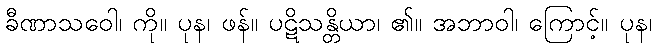
ခီဏာသဝေါ၊ ကို။ ပုန၊ ဖန်။ ပဋိသန္တိယာ၊ ၏။ အဘာဝါ၊ ကြောင့်။ ပုန၊